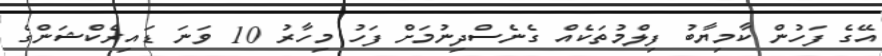
އޭގެ ފަހުން ކާމިޔާބު ފިލްމުތަކެއް ގެނެސްދިނުމަށް ފަހު މިހާރު 10 ވަނަ ޑައިރެކްޝަންގެ